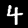
Digit: 4